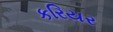
કરિયર